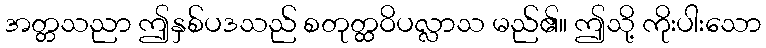
အတ္တသညာ ဤနှစ်ပဒသည် စတုတ္ထဝိပလ္လာသ မည်၏။ ဤသို့ ကိုးပါးသော